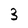
Character: 3